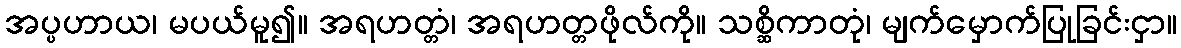
အပ္ပဟာယ၊ မပယ်မူ၍။ အရဟတ္တံ၊ အရဟတ္တဖိုလ်ကို။ သစ္ဆိကာတုံ၊ မျက်မှောက်ပြုခြင်းငှာ။